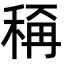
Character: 𬓭